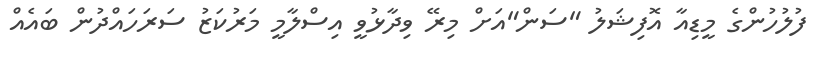
ފުލުހުންގެ މީޑިއާ އޮފިޝަލު "ސަން"އަށް މިރޭ ވިދާޅުވީ އިސްލާމީ މަރުކަޒު ސަރަހައްދުން ބައެއް